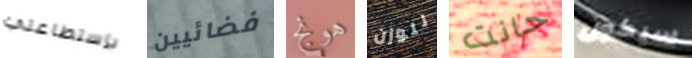
بإستطاعتي فضائيين هونج للوزن حانت سيكون